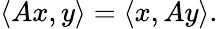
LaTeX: \langle Ax,y\rangle=\langle x,Ay\rangle.